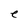
Character: e